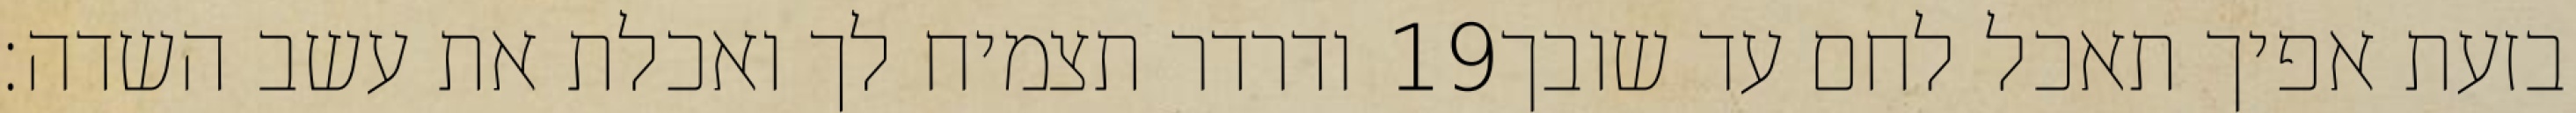
ודרדר תצמיח לך ואכלת את עשב השדה׃ ‎19‏ בזעת אפיך תאכל לחם עד שובך